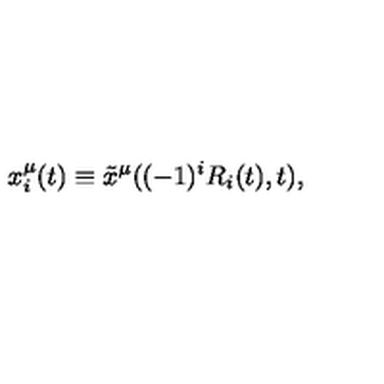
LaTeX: x _ { i } ^ { \mu } ( t ) \equiv \tilde { x } ^ { \mu } ( ( - 1 ) ^ { i } R _ { i } ( t ) , t ) ,